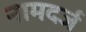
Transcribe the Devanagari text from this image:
नामदर्ज